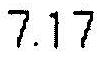
7.17